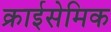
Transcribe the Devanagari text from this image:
क्राईसेमिक